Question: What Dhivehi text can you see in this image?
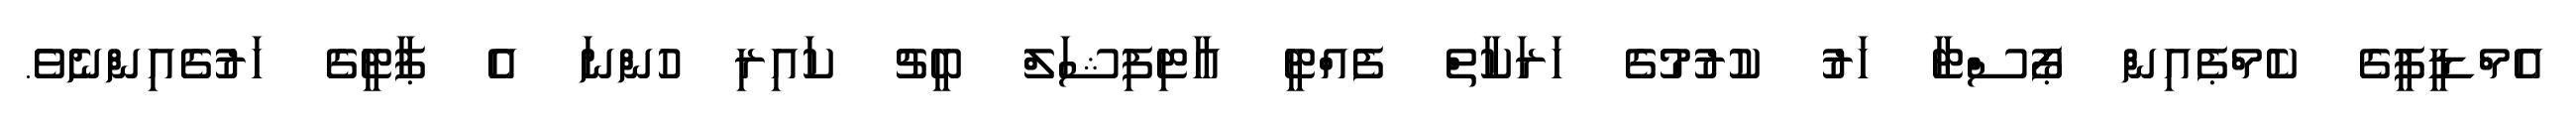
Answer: އެމްޑީޕީގެ ކެމްޕެއިން ޕޯސްޓާ ހަރު ކުރުމުގެ ހަރަކާތް ފެއްޓީ އާޓިފިޝަލް ބީޗު ކައިރި ހުންނަ އެ ޕާޓީގެ ހަރުގެއިންނެވެ.